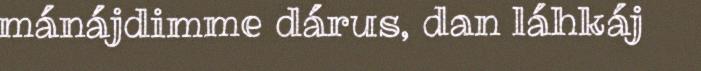
mánájdimme dárus, dan láhkáj